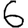
Digit: 6